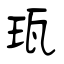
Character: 珁